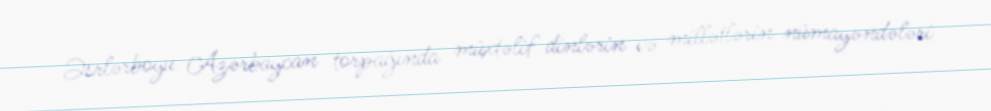
Əsrlərboyu Azərbaycan torpağında müxtəlif dinlərin və millətlərin nümayəndələri